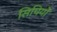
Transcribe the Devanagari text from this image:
सिपियों